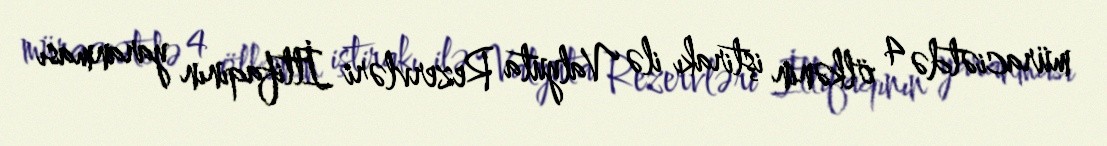
müraciətdə 4 ölkənin iştirakı ilə Valyuta Rezervləri İttifaqının yaranması